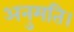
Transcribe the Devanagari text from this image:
अनुमति।